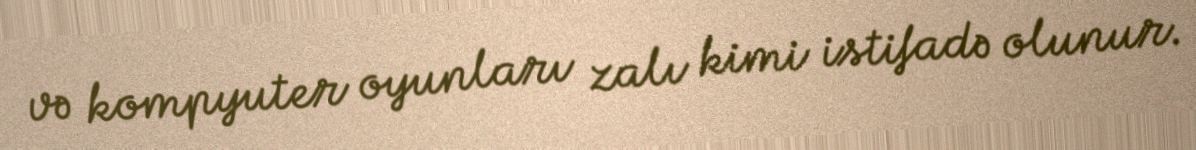
və kompyuter oyunları zalı kimi istifadə olunur.